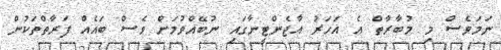
ނަމަވެސް މި މުބާރާތް އެ އަހަރު އާޖެންޓީނާގައި ނުބޭއްވުމަށް ވެސް ބައެއް ފަރާތްތަކުން